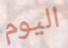
اليوم